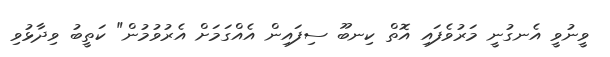
ވީނުވީ އެނގުނީ މަރުވެފައި އޮތް ކިނބޫ ސިފައިން އެއްގަމަށް އެރުވުމުން" ކަތީބު ވިދާޅުވި